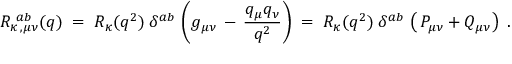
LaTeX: { \cal R } _ { \kappa \, , \mu \nu } ^ { \; \, a b } ( q ) \; = \; { R } _ { \kappa } ( q ^ { 2 } ) \; \delta ^ { a b } \, \left( g _ { \mu \nu } \, - \, \frac { q _ { \mu } q _ { \nu } } { q ^ { 2 } } \right) \; = \; { R } _ { \kappa } ( q ^ { 2 } ) \; \delta ^ { a b } \, \left( \, P _ { \mu \nu } + Q _ { \mu \nu } \right) \; .